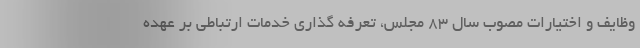
وظایف و اختیارات مصوب سال 83 مجلس، تعرفه گذاری خدمات ارتباطی بر عهده